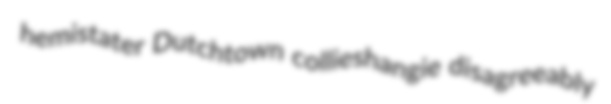
hemistater Dutchtown collieshangie disagreeably